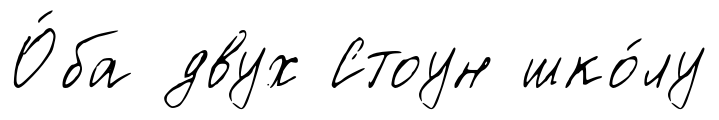
О́ба двух Стоун шко́лу